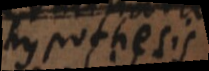
hypothesis